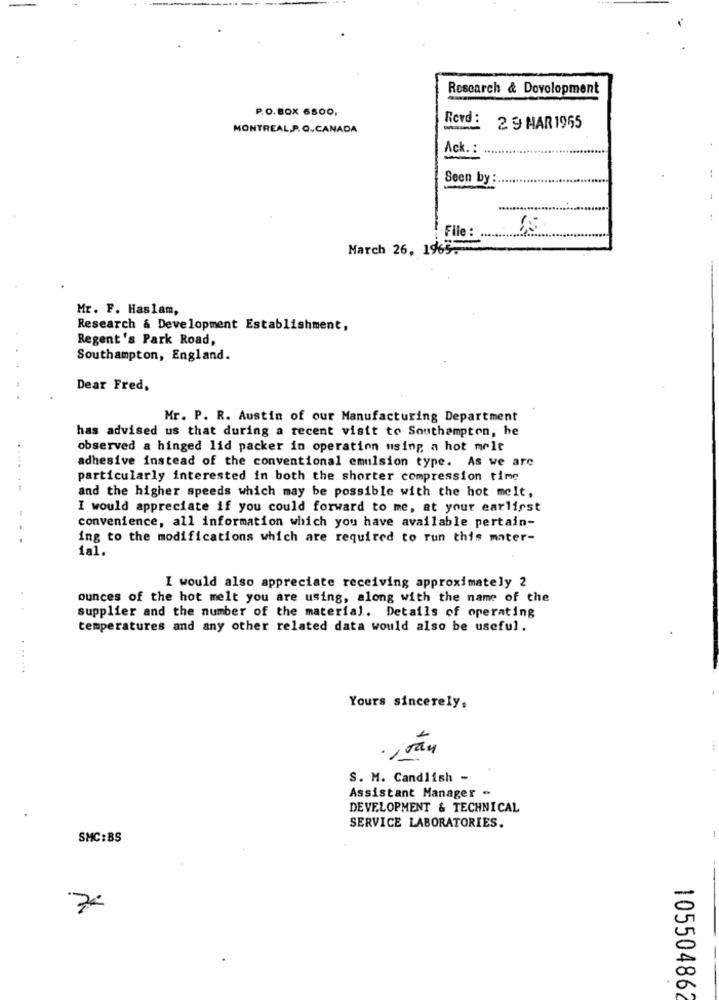
Research & Development
P.O.BOX 6800,
Rerd :
MONTREAL,P.O.CANADA
2 9 MAR 1965
Ack. :
Seen by :
File :
March 26, 1965.
Mr. F. Haslam,
Research & Development Establishment,
Regent's Park Road,
Southampton, England.
Dear Fred,
Mr. P. R. Austin of our Manufacturing Department
has advised us that during a recent visit to Southampton, he
observed a hinged lid packer in operation using a hot melt
adhesive instead of the conventional emulsion type. As we are
particularly interested in both the shorter compression time
and the higher speeds which may be possible with the hot melt,
I would appreciate if you could forward to me, at your earliest
convenience, all information which you have available pertain-
ing to the modifications which are required to run this mater-
1al.
I would also appreciate receiving approximately 2
ounces of the hot melt you are using, along with the name of the
supplier and the number of the material. Details of operating
temperatures and any other related data would also be useful.
......
Yours sincerely,
. iran
S. M. Candlish -
Assistant Manager -
DEVELOPMENT & TECHNICAL
SERVICE LABORATORIES.
SMC:BS
7
105504862